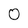
Character: 0